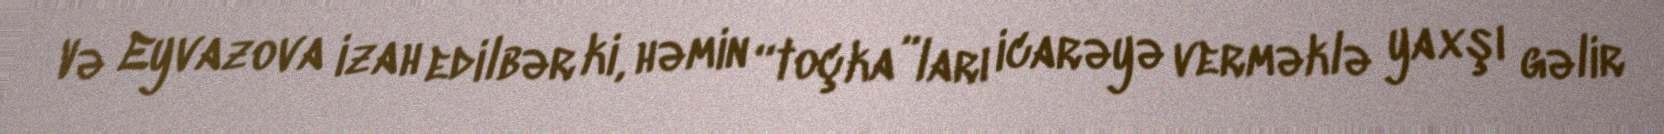
Və Eyvazova izah edilbər ki, həmin “toçka”ları icarəyə verməklə yaxşı gəlir